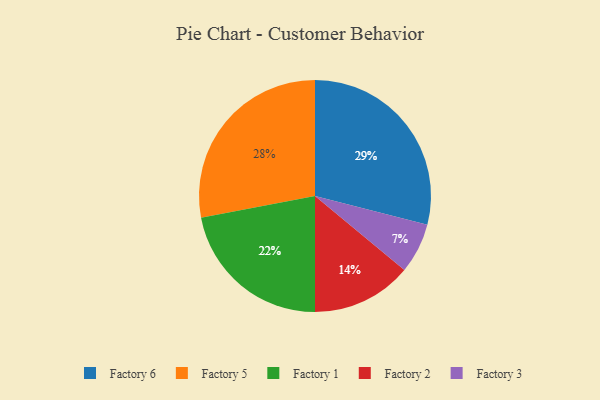
{"axis": {"x": "Category", "y": "Percentage"}, "legend": ["Factory 1", "Factory 2", "Factory 3", "Factory 5", "Factory 6"], "data": [{"x": "Factory 5", "y": 28, "type": "Factory 5"}, {"x": "Factory 1", "y": 22, "type": "Factory 1"}, {"x": "Factory 2", "y": 14, "type": "Factory 2"}, {"x": "Factory 3", "y": 7, "type": "Factory 3"}, {"x": "Factory 6", "y": 29, "type": "Factory 6"}]}